Lunatic asylums Burma 1907-21 - 1907-1921
Year: 1907
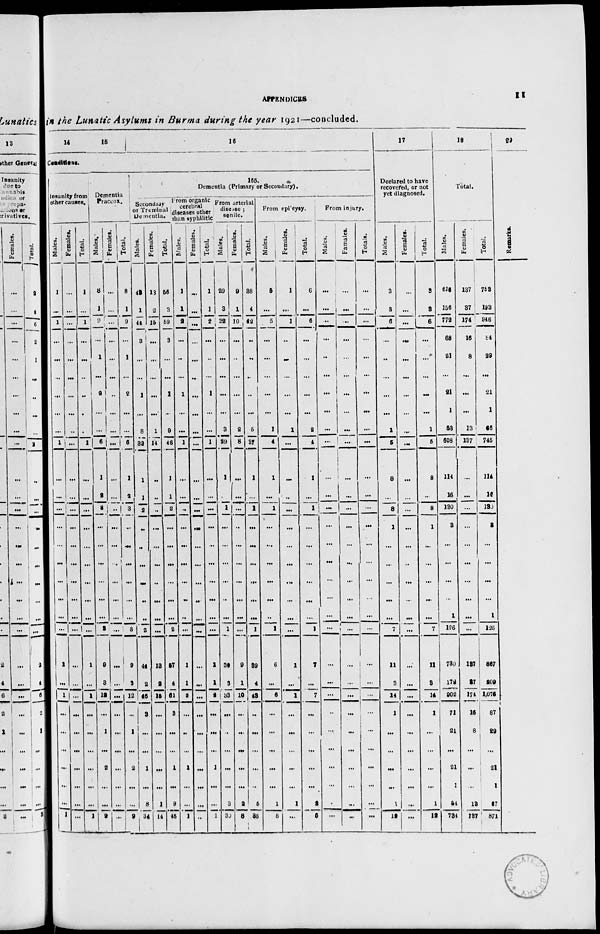
APFENDICES
11
in the Lunatic Asylums in Burma during the year 1921—concluded.
14
15
16
Conditions.
Insanity from
other causes.
Males.
1
...
1
...
...
...
...
...
...
1
...
...
...
...
...
...
...
...
...
...
1
...
1
...
...
...
...
...
...
1
Females.
...
...
...
...
...
...
...
...
...
...
...
...
...
...
...
...
...
...
...
...
...
...
...
...
...
...
...
...
...
...
Total.
1
...
1
...
...
...
...
...
...
1
...
...
...
...
...
...
...
...
...
...
1
...
1
...
...
...
...
...
...
1
Dementia
Praccox.
Males.
8
1
9
...
1
...
2
...
...
6
1
2
3
...
...
...
...
...
...
3
9
3
12
...
1
...
2
...
...
9
Females.
...
...
...
...
...
...
...
...
...
...
...
...
...
...
...
...
...
...
...
...
...
...
...
...
...
...
...
...
...
...
Total.
8
1
9
...
1
...
2
...
...
6
1
2
3
...
...
...
...
...
...
3
9
3
12
...
1
...
2
...
...
9
165.
Dementia (Primary or Secondary).
Secondary
or Treminal
Dementia.
Males.
42
1
44
3
...
...
1
...
8
82
1
1
2
...
...
...
...
...
...
2
44
2
49
3
1
...
1
...
8
34
Females.
13
2
15
...
...
...
...
...
1
14
...
...
...
...
...
...
...
...
...
...
13
2
15
...
...
...
...
...
1
14
Total.
56
3
59
3
...
...
1
...
9
43
1
1
2
...
...
...
...
...
...
2
57
4
61
3
...
...
1
...
9
48
From organic
cerebral
diseases other
than syphilitic
Males.
1
1
2
...
...
...
1
...
...
1
1 ...
...
...
...
...
...
...
...
...
...
1
1
2
...
...
...
1
...
...
1
Females.
...
...
...
...
...
...
...
...
...
...
...
...
...
...
...
...
...
...
...
...
...
...
...
...
...
...
...
...
...
...
Total.
1
1
2
...
...
...
1
...
...
1
...
...
...
...
...
...
...
...
...
...
1
1
2
...
...
...
1
...
...
1
From arterial
disease ;
senile.
Males.
29
3
32
...
...
...
...
...
3
29
1
...
1
...
...
...
...
...
...
1
30
3
38
...
...
...
...
...
3
30
Females.
9
1
10
...
...
...
...
...
2
8
...
...
...
...
...
...
...
...
...
...
9
1
10
...
...
...
...
...
2
8
Total.
38
4
42
...
...
...
...
...
5
37
1
...
1
...
...
...
...
...
...
1
39
4
48
...
...
...
...
...
5
38
From epileysy.
Males.
5
...
5
...
...
...
...
...
1
4
1
...
1
...
...
...
...
...
..
1
6
...
6
...
...
...
...
...
1
5
Females.
1
...
1
...
...
...
...
...
1
...
...
...
...
...
...
...
...
...
...
...
1
...
1
...
...
...
...
...
1
...
Total.
6
...
6
...
...
...
...
...
2
4
1
...
1
...
...
...
...
...
...
1
7
...
7
...
...
...
...
...
2
5
From injury.
Males.
...
...
...
...
...
...
...
...
...
...
...
...
...
...
...
...
...
...
...
...
...
...
...
...
...
...
...
...
...
...
Famales.
...
...
...
...
...
...
...
...
...
...
...
...
...
...
...
...
...
...
...
...
...
...
...
...
...
...
...
...
...
...
Totals.
...
...
...
...
...
...
...
...
...
...
...
...
...
...
...
...
...
...
...
...
...
...
...
...
...
...
...
...
...
...
17
Declared to have
recovered, or not
yet diagnosed.
Males.
3
8
6
...
...
...
...
...
1
6
8
...
8
1
...
...
...
...
...
7
11
3
14
1
...
...
...
...
1
12
Females.
...
...
...
...
...
...
...
...
...
...
...
...
...
...
...
...
...
...
...
...
...
...
...
...
...
...
...
...
...
...
Total.
3
8
6
...
...
...
...
...
1
6
8
...
8
1
...
...
...
...
...
7
11
8
14
1
...
...
...
...
1
12
18
Total.
Males.
616
156
772
68
21
...
21
1
53
608
114
16
130
3
...
...
...
...
1
126
730
172
902
71
21
...
21
1
54
734
Females.
137
37
174
16
8
...
...
...
13
137
...
...
...
...
...
...
...
...
...
...
137
27
174
16
8
...
...
...
13
137
Total.
763
193
946
84
29
...
21
1
65
745
114
16
130
3
...
...
...
...
1
126
857
209
1,075
87
29
...
21
1
67
871
19
Remarks.